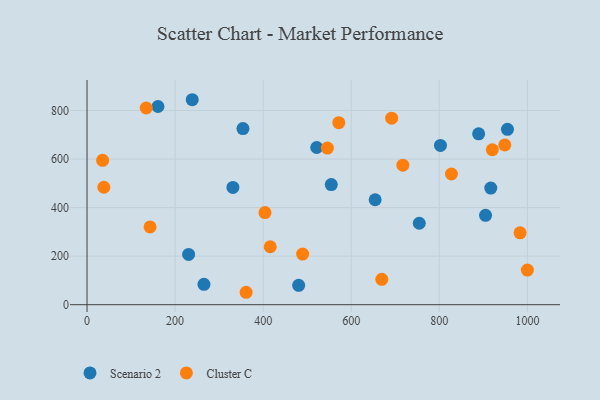
{"axis": {"x": "Study Hours", "y": "Sales"}, "legend": ["Cluster C", "Scenario 2"], "data": [{"x": "230.7", "y": 207.1, "type": "Scenario 2"}, {"x": "480.6", "y": 79.8, "type": "Scenario 2"}, {"x": "331.3", "y": 483.0, "type": "Scenario 2"}, {"x": "916.9", "y": 480.2, "type": "Scenario 2"}, {"x": "354.1", "y": 725.5, "type": "Scenario 2"}, {"x": "654.3", "y": 432.2, "type": "Scenario 2"}, {"x": "265.5", "y": 83.9, "type": "Scenario 2"}, {"x": "889.3", "y": 704.0, "type": "Scenario 2"}, {"x": "754.5", "y": 335.4, "type": "Scenario 2"}, {"x": "554.7", "y": 494.8, "type": "Scenario 2"}, {"x": "905.0", "y": 368.0, "type": "Scenario 2"}, {"x": "802.6", "y": 656.0, "type": "Scenario 2"}, {"x": "954.8", "y": 722.6, "type": "Scenario 2"}, {"x": "521.6", "y": 647.6, "type": "Scenario 2"}, {"x": "161.1", "y": 816.4, "type": "Scenario 2"}, {"x": "238.9", "y": 844.4, "type": "Scenario 2"}, {"x": "134.4", "y": 810.3, "type": "Cluster C"}, {"x": "920.4", "y": 638.3, "type": "Cluster C"}, {"x": "361.3", "y": 51.1, "type": "Cluster C"}, {"x": "1000.0", "y": 142.7, "type": "Cluster C"}, {"x": "717.2", "y": 574.6, "type": "Cluster C"}, {"x": "404.1", "y": 379.6, "type": "Cluster C"}, {"x": "948.7", "y": 658.0, "type": "Cluster C"}, {"x": "571.7", "y": 749.9, "type": "Cluster C"}, {"x": "143.1", "y": 320.4, "type": "Cluster C"}, {"x": "669.4", "y": 104.6, "type": "Cluster C"}, {"x": "35.4", "y": 594.8, "type": "Cluster C"}, {"x": "691.8", "y": 768.5, "type": "Cluster C"}, {"x": "983.4", "y": 295.9, "type": "Cluster C"}, {"x": "489.6", "y": 208.4, "type": "Cluster C"}, {"x": "827.6", "y": 538.3, "type": "Cluster C"}, {"x": "416.0", "y": 238.6, "type": "Cluster C"}, {"x": "38.2", "y": 483.7, "type": "Cluster C"}, {"x": "545.8", "y": 645.1, "type": "Cluster C"}]}